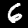
Label: 6